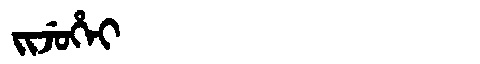
Manchu: ᠵᡳᠵᡠᡥᡝᡳ
Romanization: JIJUHEI